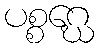
ပစ္စဂ္ဃေ